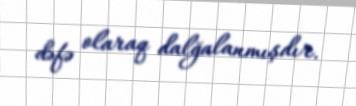
dəfə olaraq dalğalanmışdır.